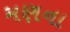
મણના